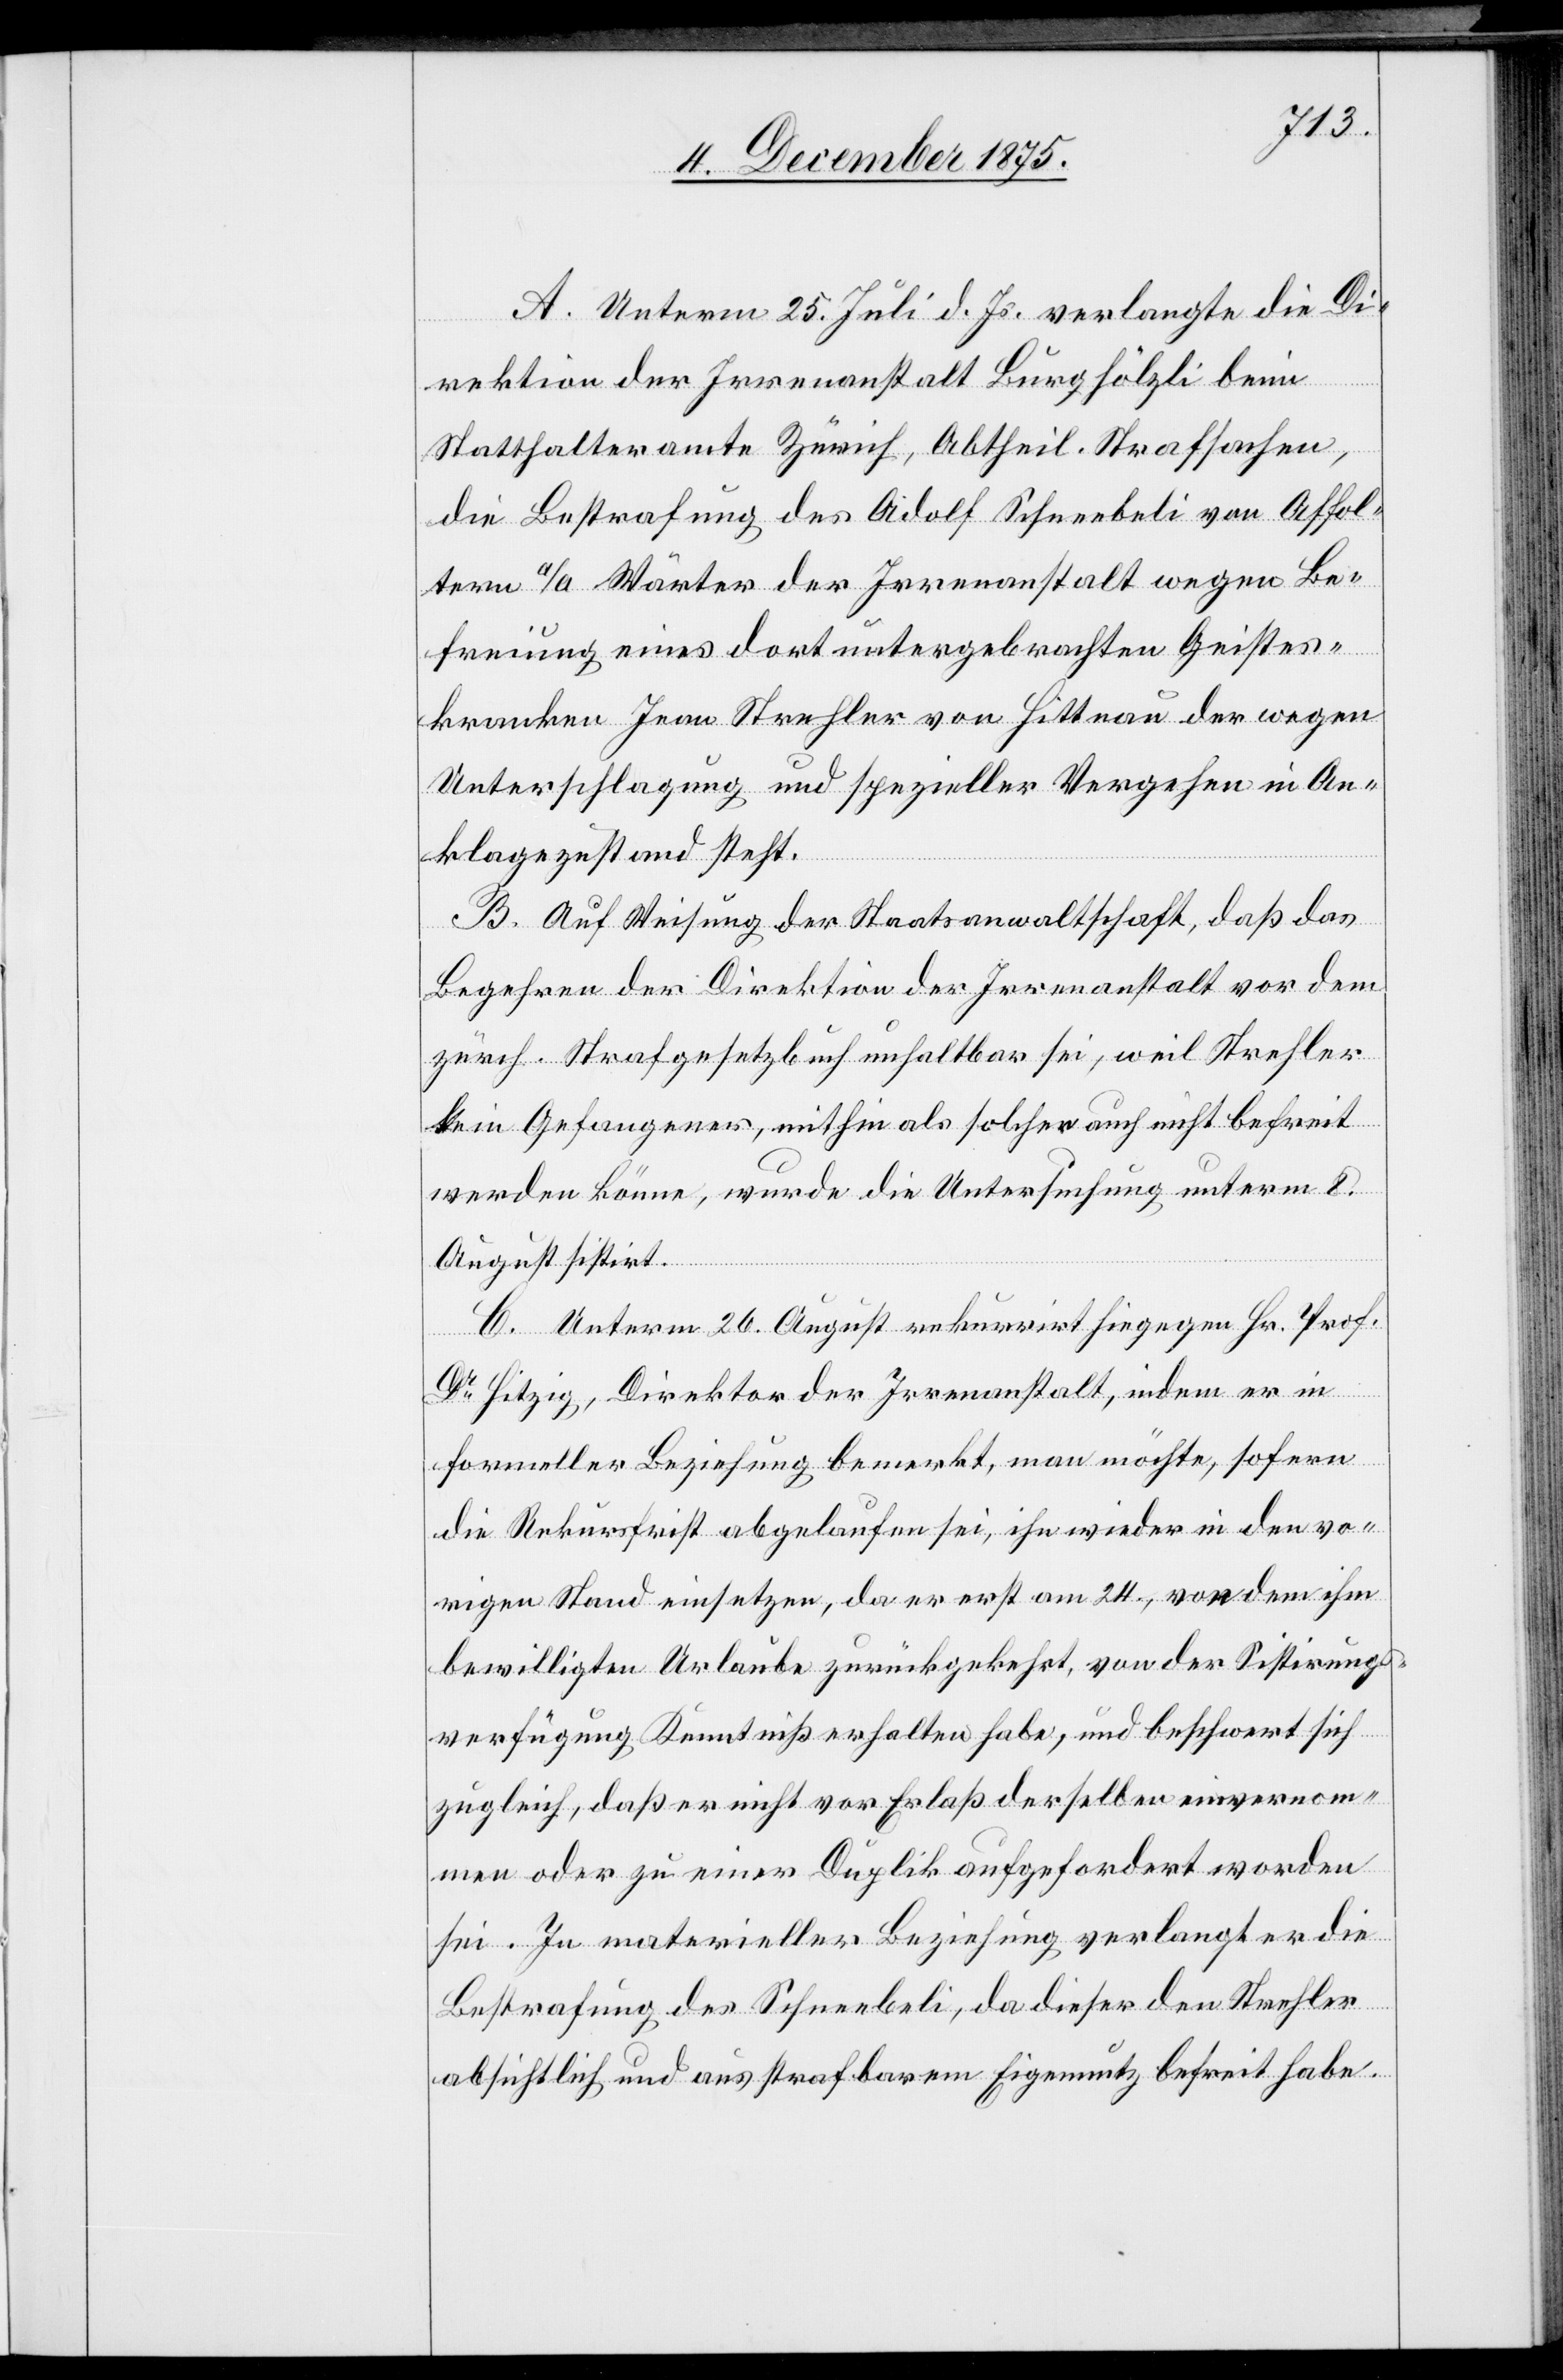
A. Unterm 25. Juli d. Js. verlangte die Di¬
rektion der Irrenanstalt Burghölzli beim
Statthalteramte Zürich, Abtheil. Strafsachen,
die Bestrafung des Adolf Schneebeli von Affol¬
tern a/A. Wärter der Irrenanstalt wegen Be¬
freiung eines dort untergebrachten Geistes¬
kranken Jean Strehler von Hittnau der wegen
Unterschlagung und spezieller Vergehen im An¬
klagezustand steht.
B. Auf Weisung der Staatsanwaltschaft, daß das
Begehren der Direktion der Irrenanstalt vor dem
zürch. Strafgesetzbuch unhaltbar sei, weil Strehler
kein Gefangener, mithin als solchen auch nicht befreit
werden könne, wurde die Untersuchung unterm 8.
August sistirt.
C. Unterm 26. August rekurrirt hiegegen Hr. Prof.
Dr Hitzig, Direktor der Irrenanstalt, indem er in
formeller Beziehung bemerkt, man möchte, sofern
die Rekursfrist abgelaufen sei, ihn wieder in den vo¬
rigen Stand einsetzen, da er erst am 24., von dem ihm
bewilligten Urlaube zurückgekehrt, von der Sistirungs¬
verfügung Kenntniß erhalten habe, und beschwert sich
zugleich, daß er nicht vor Erlaß derselben einvernom¬
men oder zu einer Duplik aufgefordert worden
sei. In materieller Beziehung verlangt er die
Bestrafung des Schneebeli, da dieser den Strehler
absichtlich und aus strafbarem Eigennutz befreit habe.